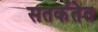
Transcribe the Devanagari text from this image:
सतर्कतेत